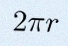
2\pi r